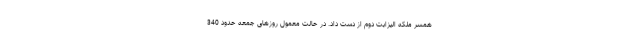
همسر ملکه الیزابت دوم از دست داد. در حالت معمول روزهای جمعه حدود 340